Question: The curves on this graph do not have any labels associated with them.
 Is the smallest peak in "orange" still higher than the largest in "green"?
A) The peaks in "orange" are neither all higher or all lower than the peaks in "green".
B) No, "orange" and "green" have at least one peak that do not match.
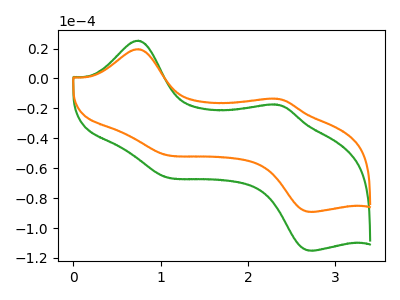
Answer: <think>The green curve "green" has anodic peaks at (0.75V, 25.30uA) (2.30V, -17.45uA) and cathodic peaks at (1.05V, -65.35uA) (2.75V, -115.00uA). The orange curve "orange" has anodic peaks at (0.75V, 19.60uA) (2.30V, -13.50uA) and cathodic peaks at (1.05V, -50.65uA) (2.75V, -89.10uA).</think>
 <answer>A) The peaks in "orange" are neither all higher or all lower than the peaks in "green".</answer>
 <eval>A</eval>